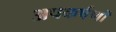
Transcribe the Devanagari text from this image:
अपकर्षणों